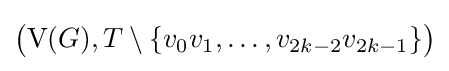
{\bigl (}\mathrm {V} (G),T\setminus \{v_{0}v_{1},\dotsc ,v_{2k-2}v_{2k-1}\}{\bigr )}